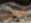
أجدادنا